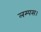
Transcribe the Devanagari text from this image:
लम्पस।